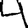
Digit: 4